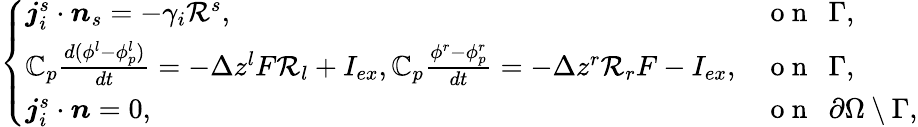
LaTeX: \left\{ \begin{array}{ll}{\boldsymbol{j}_{i}^{s}\cdot\boldsymbol{n}_{s}=-\gamma_{i}\mathcal{R}^{s},}&{\mathrm{~o~n~~~}\Gamma,}\\ {\mathbb{C}_{p}\frac{d(\phi^{l}-\phi_{p}^{l})}{dt}=-\Delta z^{l}F\mathcal{R}_{l}+I_{ex},\mathbb{C}_{p}\frac{\phi^{r}-\phi_{p}^{r}}{dt}=-\Delta z^{r}\mathcal{R}_{r}F-I_{ex},}&{\mathrm{~o~n~~~}\Gamma,}\\ {\boldsymbol{j}_{i}^{s}\cdot\boldsymbol{n}=0,~}&{\mathrm{~o~n~~~}\partial\Omega\setminus\Gamma,}\end{array}\right.